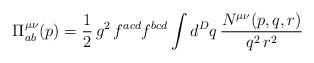
LaTeX: \begin{align*}\Pi^{\mu\nu}_{ab}(p) = \frac{1}{2}\,g^2\,f^{acd}f^{bcd}\int d^Dq\,\frac{N^{\mu\nu}(p,q,r)}{q^2\,r^2}\end{align*}